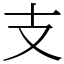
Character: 支